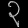
Digit: ၃